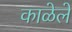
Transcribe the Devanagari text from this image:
काळेले